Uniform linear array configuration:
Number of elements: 32
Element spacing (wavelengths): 1
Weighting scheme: hann
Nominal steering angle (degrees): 45
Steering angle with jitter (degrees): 45.814
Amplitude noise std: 0.05
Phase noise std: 0.05

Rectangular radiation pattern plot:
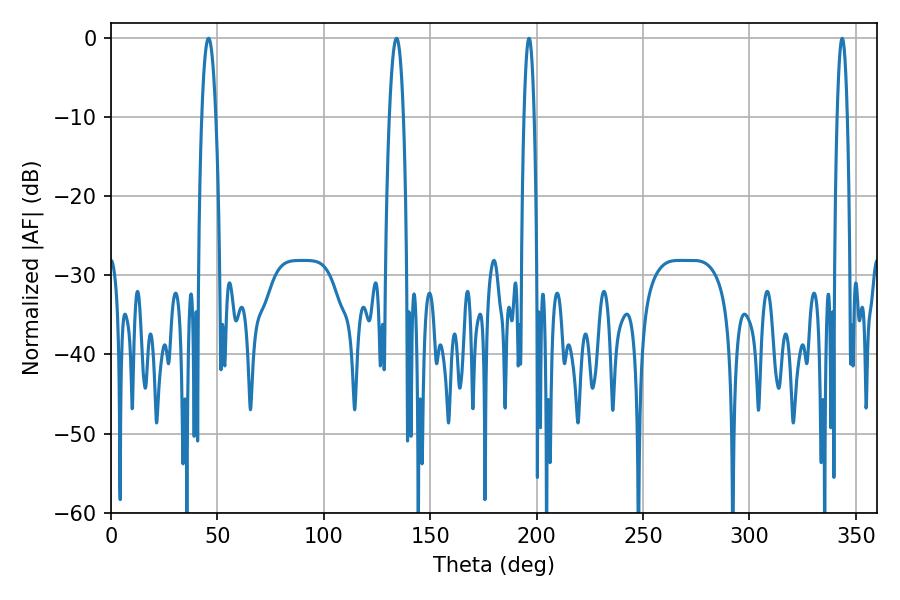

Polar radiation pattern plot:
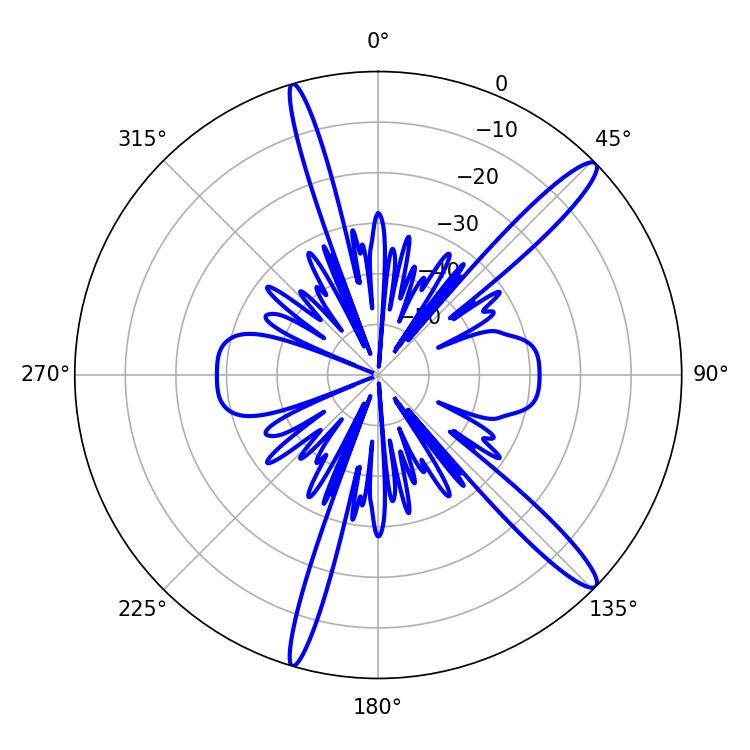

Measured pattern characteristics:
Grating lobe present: TRUE
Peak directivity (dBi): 14.501
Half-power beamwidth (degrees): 2.52
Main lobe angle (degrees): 196.38